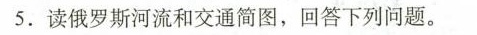
5.读俄罗斯河流和交通简图，回答下列问题。